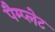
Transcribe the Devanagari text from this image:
पैम्प्लेट